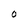
Character: O